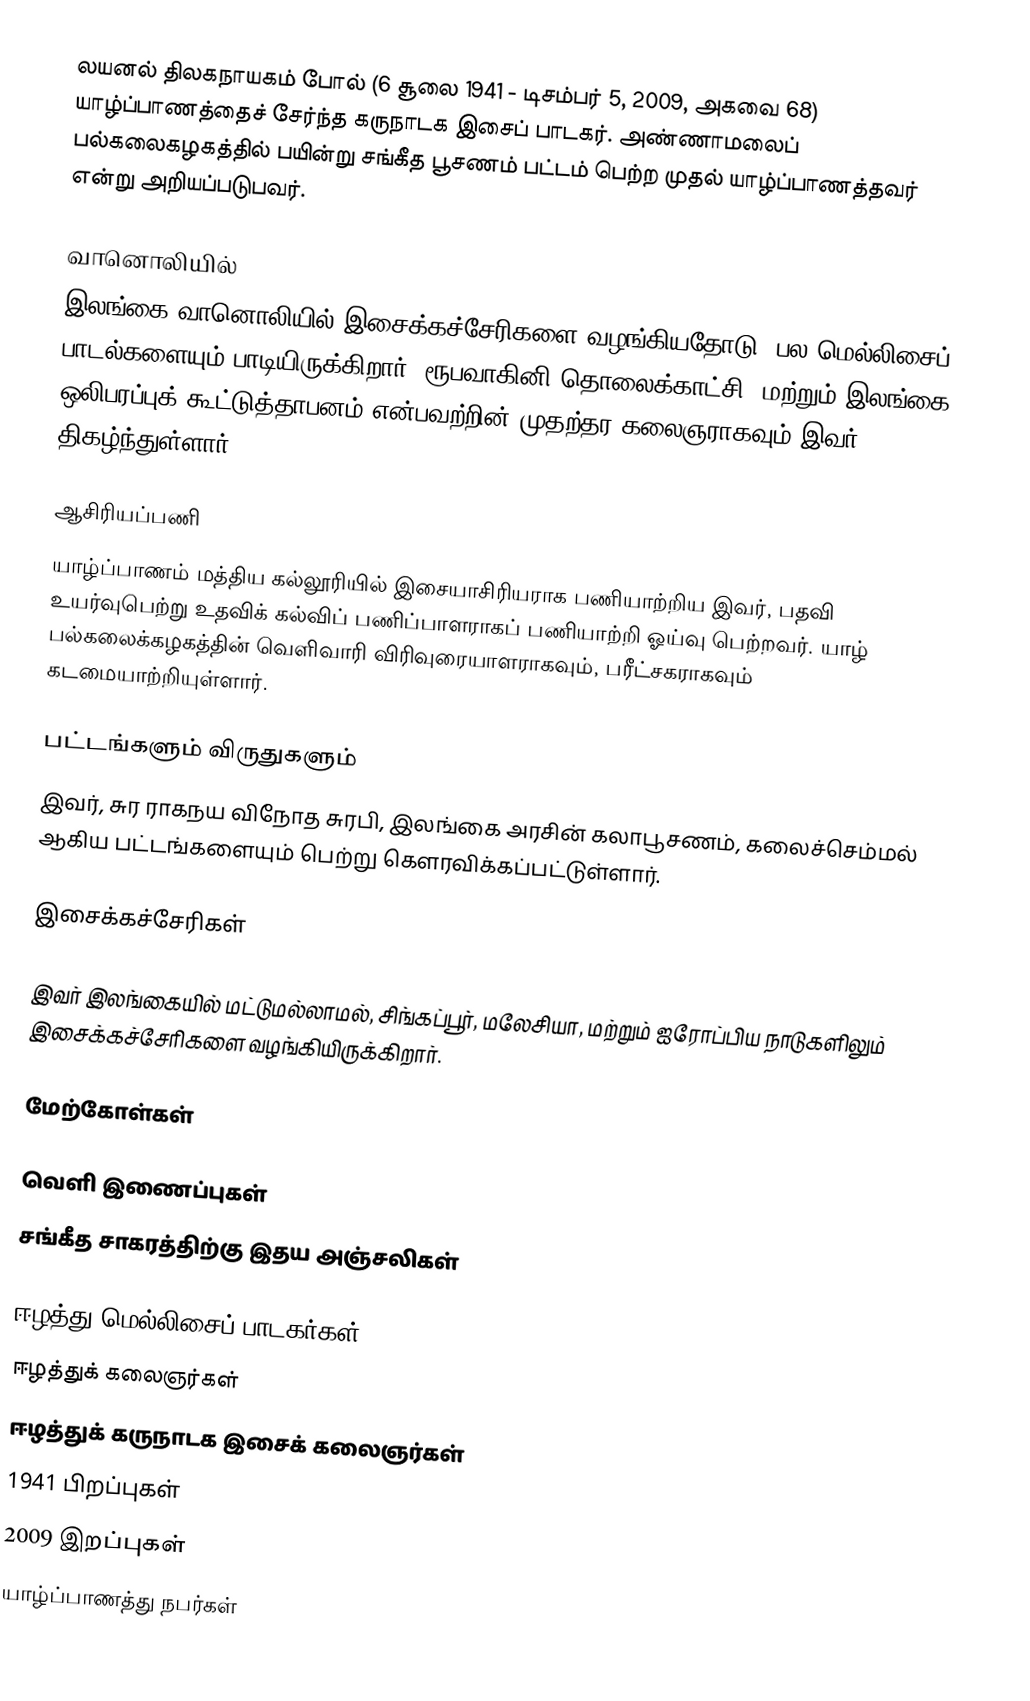
லயனல் திலகநாயகம் போல் (6 சூலை 1941 - டிசம்பர் 5, 2009, அகவை 68) யாழ்ப்பாணத்தைச் சேர்ந்த கருநாடக இசைப் பாடகர். அண்ணாமலைப் பல்கலைகழகத்தில் பயின்று சங்கீத பூசணம் பட்டம் பெற்ற முதல் யாழ்ப்பாணத்தவர் என்று அறியப்படுபவர்.

வானொலியில்
இலங்கை வானொலியில் இசைக்கச்சேரிகளை வழங்கியதோடு, பல மெல்லிசைப் பாடல்களையும் பாடியிருக்கிறார். ரூபவாகினி தொலைக்காட்சி, மற்றும் இலங்கை ஒலிபரப்புக் கூட்டுத்தாபனம் என்பவற்றின் முதற்தர கலைஞராகவும் இவர் திகழ்ந்துள்ளார்.

ஆசிரியப்பணி
யாழ்ப்பாணம் மத்திய கல்லூரியில் இசையாசிரியராக பணியாற்றிய இவர், பதவி உயர்வுபெற்று உதவிக் கல்விப் பணிப்பாளராகப் பணியாற்றி ஓய்வு பெற்றவர். யாழ் பல்கலைக்கழகத்தின் வெளிவாரி விரிவுரையாளராகவும், பரீட்சகராகவும் கடமையாற்றியுள்ளார்.

பட்டங்களும் விருதுகளும்
இவர், சுர ராகநய விநோத சுரபி, இலங்கை அரசின் கலாபூசணம், கலைச்செம்மல் ஆகிய பட்டங்களையும் பெற்று கௌரவிக்கப்பட்டுள்ளார்.

இசைக்கச்சேரிகள்

இவர் இலங்கையில் மட்டுமல்லாமல், சிங்கப்பூர், மலேசியா, மற்றும் ஐரோப்பிய நாடுகளிலும் இசைக்கச்சேரிகளை வழங்கியிருக்கிறார்.

மேற்கோள்கள்

வெளி இணைப்புகள்
சங்கீத சாகரத்திற்கு இதய அஞ்சலிகள்

ஈழத்து மெல்லிசைப் பாடகர்கள்
ஈழத்துக் கலைஞர்கள்
ஈழத்துக் கருநாடக இசைக் கலைஞர்கள்
1941 பிறப்புகள்
2009 இறப்புகள்
யாழ்ப்பாணத்து நபர்கள்